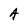
Character: A